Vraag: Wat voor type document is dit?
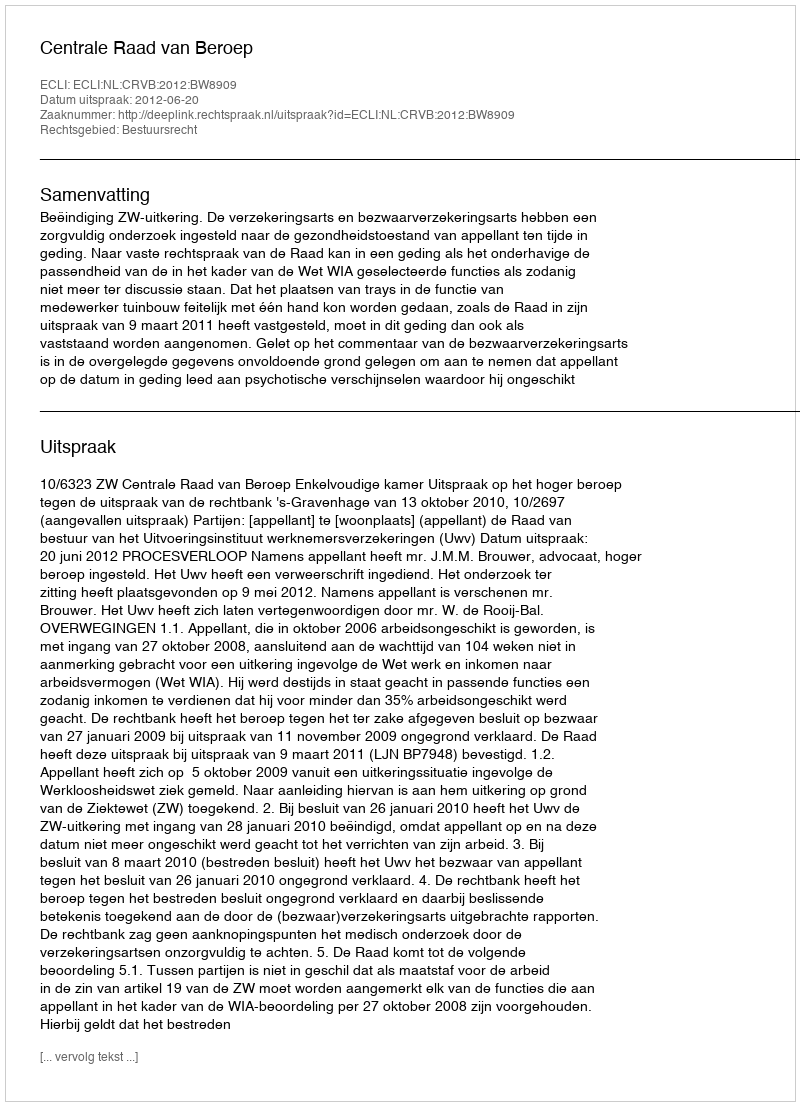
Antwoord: Uitspraak